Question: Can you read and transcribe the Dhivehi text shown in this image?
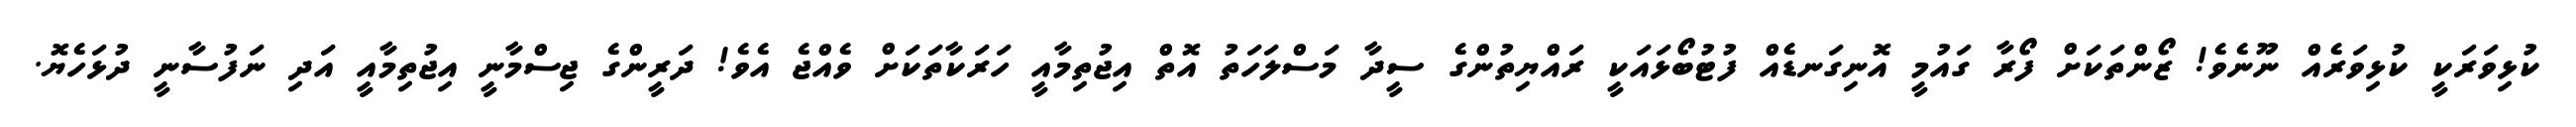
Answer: ކުޅިވަރަކީ ކުޅިވަރެއް ނޫނެވެ! ޒޯންތަކަށް ފޯރާ ގައުމީ އޮނިގަނޑެއް ފުޓުބޯޅައަކީ ރައްޔިތުންގެ ސީދާ މަސްލަހަތު އޮތް އިޖުތިމާއީ ހަރަކާތަކަށް ވެއްޖެ އެވެ! ދަރީންގެ ޖިސްމާނީ އިޖުތިމާއީ އަދި ނަފުސާނީ ދުޅަހެޔޮ.